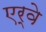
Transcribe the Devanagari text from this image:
एर्वे